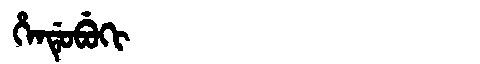
Manchu: ᡥᡝᠨᡩᡠᠪᡠᡴᡳ
Romanization: HENDUBUKI